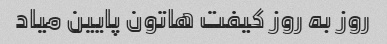
روز به روز کیفت هاتون پایین میاد